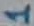
Text: 1